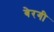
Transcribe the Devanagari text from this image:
बेरगी